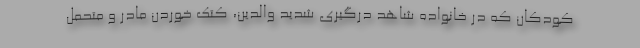
کودکان که در خانواده شاهد درگیری شدید والدین، کتک خوردن مادر و متحمل